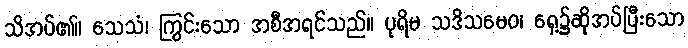
သိအပ်၏။ သေသံ၊ ကြွင်းသော အစီအရင်သည်။ ပုရိမ သဒိသမေဝ၊ ရှေ့၌ဆိုအပ်ပြီးသော